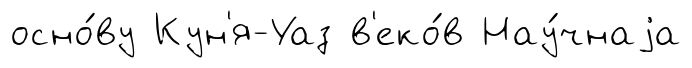
осно́ву Кун'я-Уаз в'еко́в Нау́чнаjа